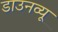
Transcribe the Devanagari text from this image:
डाउनव्यू